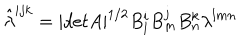
\hat { \lambda } ^ { i j k } = | d e t A | ^ { 1 / 2 } B _ { l } ^ { i } B _ { m } ^ { j } B _ { n } ^ { k } \lambda ^ { l m n }